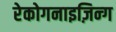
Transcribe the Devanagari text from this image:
रेकोगनाइज़िन्ग